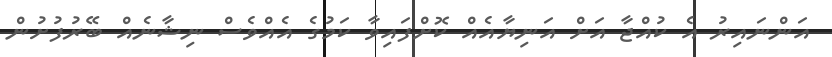
އަންނައިރު އެ ކުއްޖާ އަށް އަނިޔާއެއް ކޮށްފައިވާ ކަމުގެ އެއްވެސް ނިޝާނެއް ބޭރުފުށުން